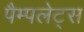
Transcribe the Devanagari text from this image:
पैम्पलेट्स